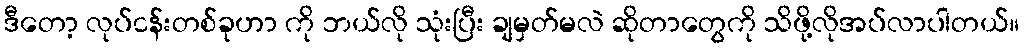
ဒီတော့ လုပ်ငန်းတစ်ခုဟာ ကို ဘယ်လို သုံးပြီး ချမှတ်မလဲ ဆိုတာတွေကို သိဖို့လိုအပ်လာပါတယ်။